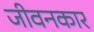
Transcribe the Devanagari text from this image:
जीवनकार